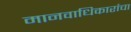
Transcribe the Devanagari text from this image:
मानवाधिकारांचा